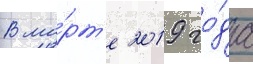
В ма́рт'е 2019 го́да